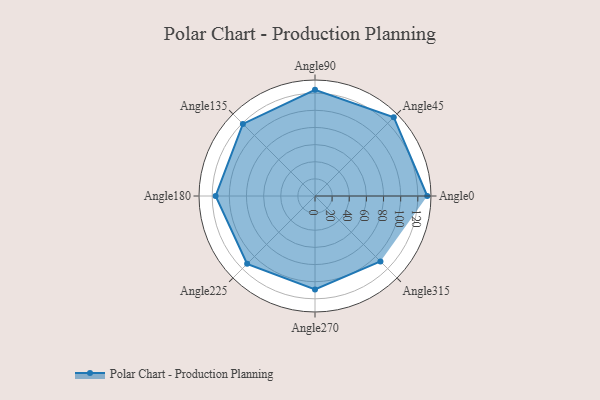
{"axis": {"x": "Angle", "y": "Radius"}, "legend": [""], "data": [{"x": "Angle0", "y": 131.0, "type": ""}, {"x": "Angle45", "y": 130.0, "type": ""}, {"x": "Angle90", "y": 124.0, "type": ""}, {"x": "Angle135", "y": 119.0, "type": ""}, {"x": "Angle180", "y": 116.0, "type": ""}, {"x": "Angle225", "y": 112.0, "type": ""}, {"x": "Angle270", "y": 109.0, "type": ""}, {"x": "Angle315", "y": 108.0, "type": ""}]}